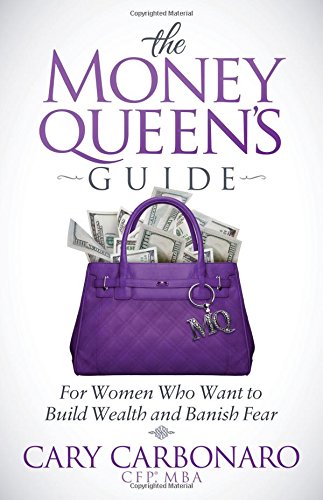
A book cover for The Money Queen's Guide: For Women Who Want to Build Wealth and Banish Fear; Cary Carbonaro; Business & Money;